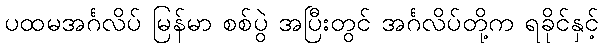
ပထမအင်္ဂလိပ် မြန်မာ စစ်ပွဲ အပြီးတွင် အင်္ဂလိပ်တို့က ရခိုင်နှင့်